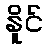
နိူင်